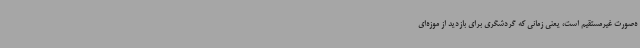
ه‌صورت غیرمستقیم است، یعنی زمانی که گردشگری برای بازدید از موزه‌ای